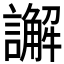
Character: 𮙁